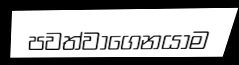
පවත්වාගෙනයාම